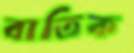
বাতিক